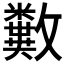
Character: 𣀱